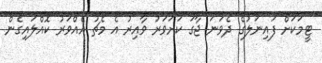
ޓީމަކަށް ފައިނަލުގެ ދެވަނަ ޖާގަ ކަށަވަރު ވާއިރު އެ މެޗު އެއްވަރު ކޮއްލައިގެން